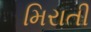
મિરાતી